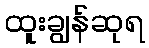
ထူးချွန်ဆုရ